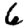
Digit: 6